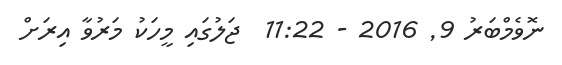
ނޮވެމްބަރު 9